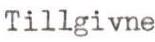
Tillgivne